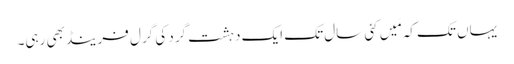
‏ یہاں تک کہ مَیں کئی سال تک ایک دہشت‌گرد کی گرل فرینڈ بھی رہی۔